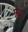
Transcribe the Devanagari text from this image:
मेथे